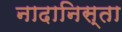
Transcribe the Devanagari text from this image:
नादानिस्ता